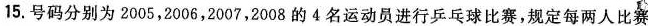
15.号码分别为2005，2006，2007，2008的4名运动员进行乒乓球比赛，规定每两人比赛